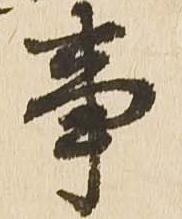
事